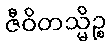
ဇီဝိတသ္မိဉ္စ